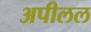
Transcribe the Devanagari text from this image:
अपीलल